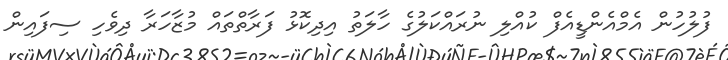
ފުލުހުން އެމްއެންޑީއެފް ކުއްލި ނުރައްކަލުގެ ހާލަތު އިދިކޮޅު ފަރާތްތައް މުޒާހަރާ ދިވެހި ސިފައިން